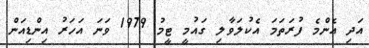
އަދި އެންމެ ފުރަތަމަ އެކުލަވާލި ގައުމީ ޓީމު 1979 ވަނަ އަހަރު އިންޑިއަން